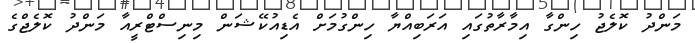
މަންދު ކޮލެޖު ހިންގާ އިމާރާތުގައި އަރަބިއްޔާ ހިންގުމަށް އެޑިއުކޭޝަން މިނިސްޓްރީއާ މަންދު ކޮލެޖްގެ